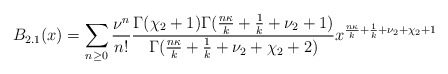
\begin{align*}B_{2.1}(x) = \sum_{n \geq 0} \frac{\nu^{n}}{n!}\frac{\Gamma(\chi_{2}+1)\Gamma( \frac{n \kappa}{k} + \frac{1}{k}+\nu_{2}+1 )}{\Gamma( \frac{n \kappa}{k} +\frac{1}{k}+\nu_{2} + \chi_{2} + 2)}x^{\frac{n \kappa}{k} + \frac{1}{k}+\nu_{2} + \chi_{2} + 1} \end{align*}